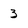
Character: z